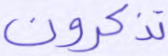
تذكرون